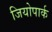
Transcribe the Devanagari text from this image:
जियोपार्क